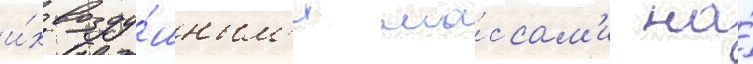
и́х возду́шным'и ма́ссам'и на́